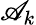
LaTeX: \mathscr{A}_{k}